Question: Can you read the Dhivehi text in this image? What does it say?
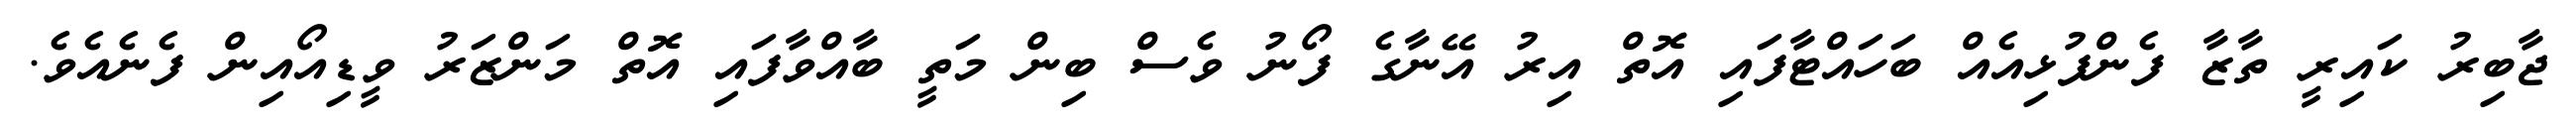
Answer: ޖާބިރު ކައިރީ ތާޒާ ފެންފުޅިއެއް ބަހައްޓާފައި އޮތް އިރު އޭނާގެ ފޯނު ވެސް ބިން މަތީ ބާއްވާފައި އޮތް މަންޒަރު ވީޑިއޯއިން ފެނެއެވެ.